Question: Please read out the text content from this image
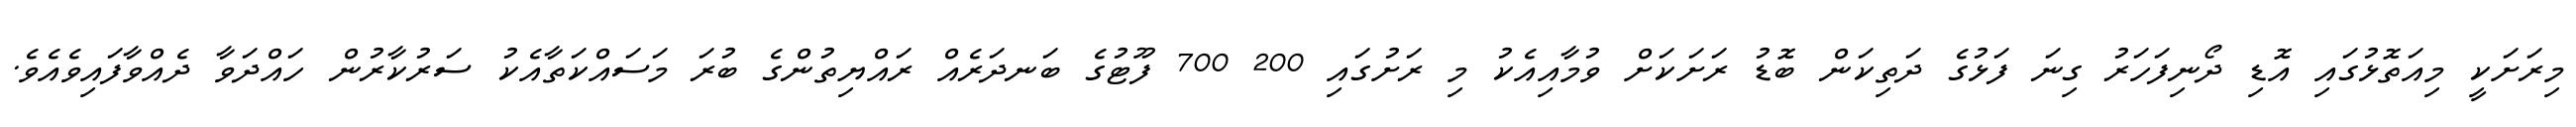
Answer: މިރަށަކީ މިއަތޮޅުގައި އޮޑި ދޯނިފަހަރު ގިނަ ފަޅުގެ ދަތިކަން ބޮޑު ރަށަކަށް ވުމާއިއެކު މި ރަށުގައި 200 700 ފޫޓުގެ ބަނދަރެއް ރައްޔިތުންގެ ބުރަ މަސައްކަތާއެކު ސަރުކާރުން ހައްދަވާ ދެއްވާފައިވެއެވެ.